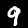
Digit: 9